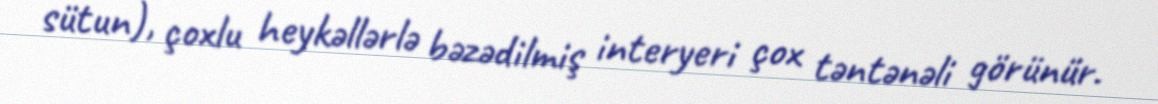
sütun), çoxlu heykəllərlə bəzədilmiş interyeri çox təntənəli görünür.